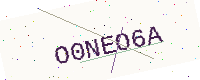
Text: O0NEO6A